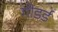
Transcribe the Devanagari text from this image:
गोडर्ड